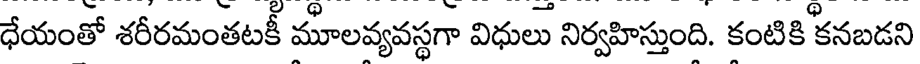
ధేయంతో శరీరమంతటకీ మూలవ్యవస్థగా విధులు నిర్వహిస్తుంది. కంటికి కనబడని